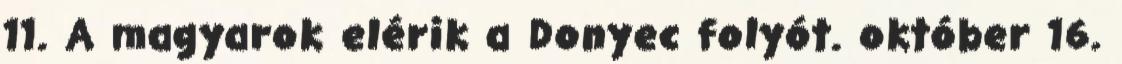
11. A magyarok elérik a Donyec folyót. október 16.